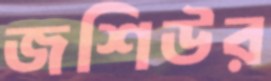
জশিউর